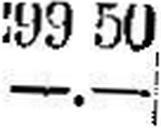
—.—